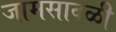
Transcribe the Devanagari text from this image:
जामसावळी